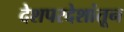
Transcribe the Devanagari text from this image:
देशपरदेशांतून